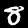
Digit: 8